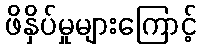
ဖိနှိပ်မှုများကြောင့်